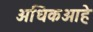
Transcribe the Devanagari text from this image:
अधिकआहे